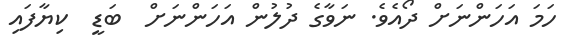
ހަމަ އަހަންނަށް ދޯއެވެ. ނަވާގެ ދުލުން އަހަންނަށް  ބަޑީ  ކިޔާފައި